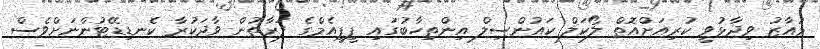
މުއާޒު ވިދާޅުވީ ކުރިއަށްއޮތް ލޯކަލް ކައުންސިލް އިންތިހާބުގައި ޕީޕީއެމްގެ ފަރާތުން ވާދަކުރާ ކެނޑިޑޭޓުންނަށްވެސް